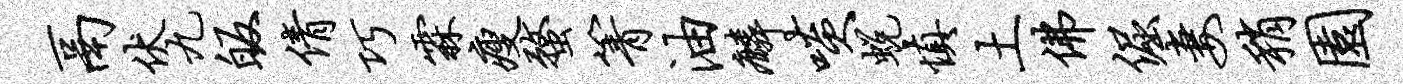
鬲伏九皈倩巧霖瘦蝥箐油麟啖蜕慎土佛倔妻稍园